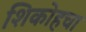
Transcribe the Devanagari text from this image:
शिकोहचा